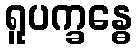
ရူပက္ခန္ဓေ